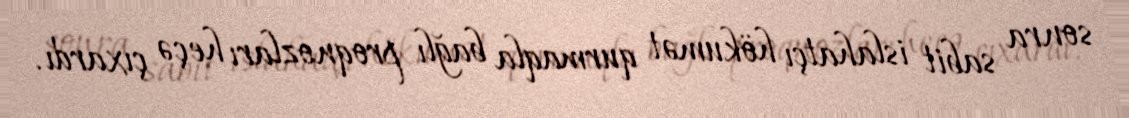
sonra sabit islahatçı hökumət qurmaqla bağlı proqnozları heçə çıxardı.